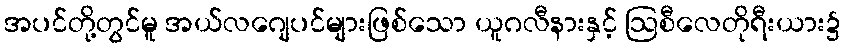
အပင်တို့တွင်မူ အယ်လဂျေပင်များဖြစ်သော ယူဂလီနားနှင့် ဩစီလေတိုရီးယား၌